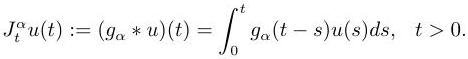
$J_{t}^{\alpha} u(t):=\left(g_{\alpha} * u\right)(t)=\int_{0}^{t} g_{\alpha}(t-s) u(s) d s, \quad t>0 .$